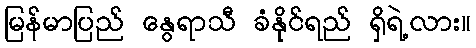
မြန်မာပြည် နွေရာသီ ခံနိုင်ရည် ရှိရဲ့လား။